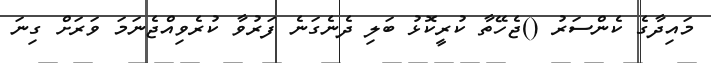
މައިދާގެ ކެންސަރު ()ޖެހޭތާ ކުރީކޮޅު ބަލި ދެނެގަނެ ފަރުވާ ކުރެވިއްޖެނަމަ ވަރަށް ގިނަ